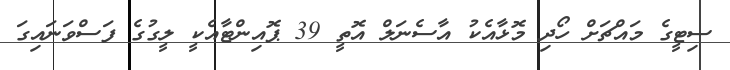
ސިޓީގެ މައްޗަށް ހޯދި މޮޅާއެކު އާސެނަލް އޮތީ 39 ޕޮއިންޓާއެކީ ލީގުގެ ފަސްވަނައިގަ